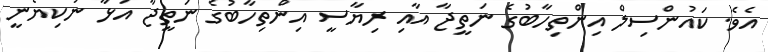
އެވެ. ކައުންސިލް އިންތިހާބުގެ ނަތީޖާ އާއި ރިޔާސީ އިންތިހާބުގެ ނަތީޖާ އަޅާ ނުކިޔެނީ